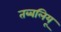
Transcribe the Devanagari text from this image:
तब्बलियू